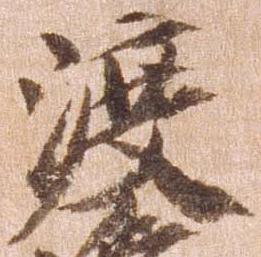
渡